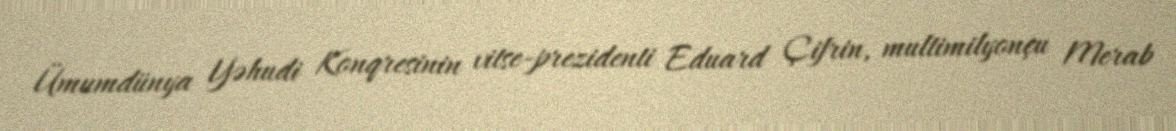
Ümumdünya Yəhudi Konqresinin vitse-prezidenti Eduard Çifrin, multimilyonçu Merab